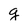
Character: g